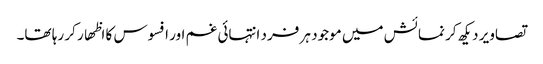
تصاویر دیکھ کر نمائش میں موجود ہر فرد انتہائی غم اور افسوس کا اظھار کر رہا تھا۔